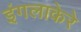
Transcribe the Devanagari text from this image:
इंगलाकेरे